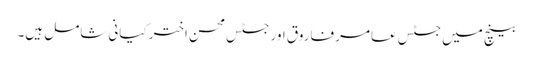
بینچ میں جسٹس عامر فاروق اور جسٹس محسن اختر کیانی شامل ہیں۔